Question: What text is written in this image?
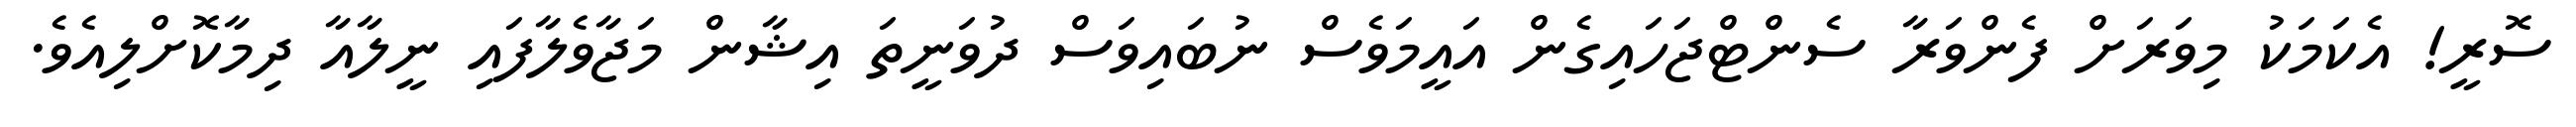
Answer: ސޮރީ! އެކަމަކު މިވަރަށް ފެންވަރާ ސެންޓްޖަހައިގެން އައީމަވެސް ނުބައިވަސް ދުވަނީތަ އިޝާން މަޖާވެލާފައި ނީލާއާ ދިމާކޮށްލިއެވެ.